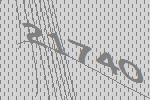
21740